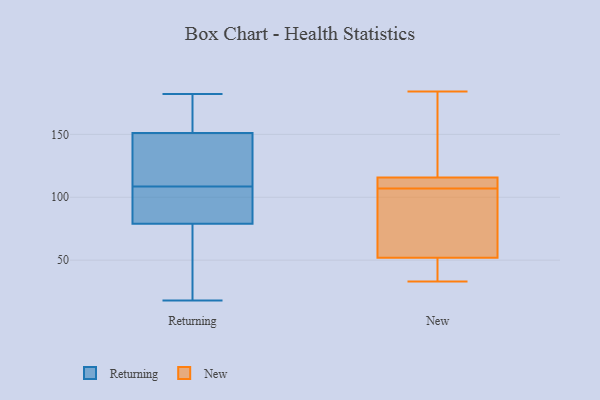
{"axis": {"x": "Revenue (USD Million)", "y": "Value"}, "legend": ["New", "Returning"], "data": [{"x": "", "y": 68, "type": "Returning"}, {"x": "", "y": 108, "type": "Returning"}, {"x": "", "y": 79, "type": "Returning"}, {"x": "", "y": 182, "type": "Returning"}, {"x": "", "y": 109, "type": "Returning"}, {"x": "", "y": 144, "type": "Returning"}, {"x": "", "y": 98, "type": "Returning"}, {"x": "", "y": 157, "type": "Returning"}, {"x": "", "y": 28, "type": "Returning"}, {"x": "", "y": 151, "type": "Returning"}, {"x": "", "y": 180, "type": "Returning"}, {"x": "", "y": 18, "type": "Returning"}, {"x": "", "y": 102, "type": "Returning"}, {"x": "", "y": 133, "type": "Returning"}, {"x": "", "y": 120, "type": "New"}, {"x": "", "y": 80, "type": "New"}, {"x": "", "y": 34, "type": "New"}, {"x": "", "y": 33, "type": "New"}, {"x": "", "y": 64, "type": "New"}, {"x": "", "y": 115, "type": "New"}, {"x": "", "y": 113, "type": "New"}, {"x": "", "y": 116, "type": "New"}, {"x": "", "y": 107, "type": "New"}, {"x": "", "y": 184, "type": "New"}, {"x": "", "y": 48, "type": "New"}]}